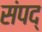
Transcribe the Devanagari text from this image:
संपद्